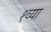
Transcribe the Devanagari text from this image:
१व्या